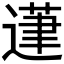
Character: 𰻍